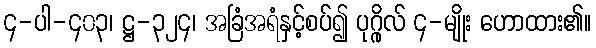
၄-ပါ-၄၀၃၊ ဋ္ဌ-၃၂၄၊ အခြံအရံနှင့်စပ်၍ ပုဂ္ဂိုလ် ၄-မျိုး ဟောထား၏။